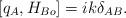
LaTeX: \begin{align*}[q_{A},H_{Bo}]=ik\delta_{AB}.\end{align*}